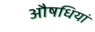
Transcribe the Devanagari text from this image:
औषधियां